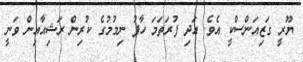
ޔޫރީ ގަޒިއަންސްކީ އެވެ. އަދި ފުރަތަމަ ހާފު ނިމުމުގެ ކުރިން ރަޝިއާއިން ވަނީ